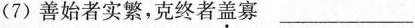
(7)善始者实繁，克终者盖寡 ____________